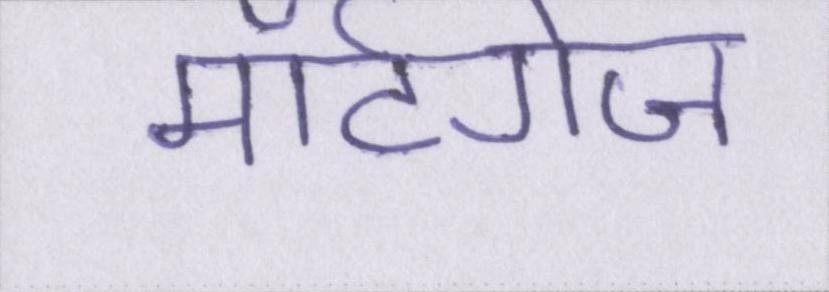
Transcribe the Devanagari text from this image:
मॉर्टगेज